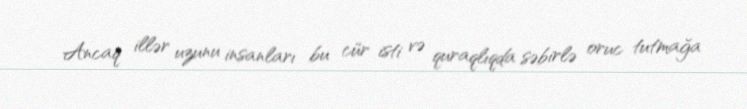
Ancaq illər uzunu insanları bu cür isti və quraqlıqda səbirlə oruc tutmağa